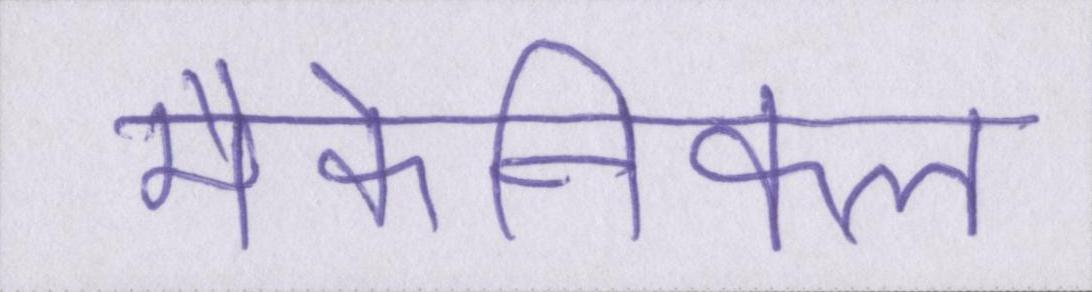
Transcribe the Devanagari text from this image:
मैकेनिकल